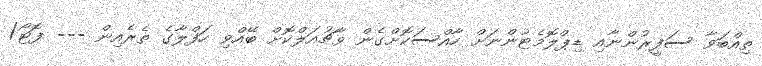
ތިއްބަވާ ސަފީރުންނާއި ޑިޕްލޮމެޓުންނަށް ހާއްސަކޮށްގެން ވާޗުއަލްކޮށް ބޭއްވި ހަފްލާގެ ތެރެއިން --- ފޮޓޯ/